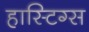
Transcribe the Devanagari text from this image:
हास्टिग्स